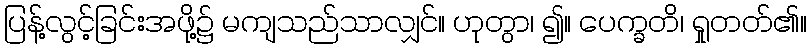
ပြန့်လွင့်ခြင်းအဖို့၌ မကျသည်သာလျှင်။ ဟုတွာ၊ ၍။ ပေက္ခတိ၊ ရှုတတ်၏။